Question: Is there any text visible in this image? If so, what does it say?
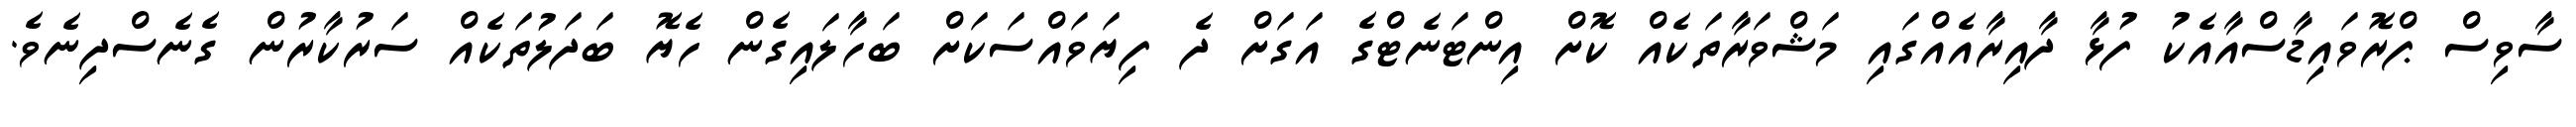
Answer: ސާވިސް ޕްރޮވައިޑާސްއާއެކު ފުޅާ ދާއިރާއެއްގައި މަޝްވަރާތަކެއް ކޮށް އިންޓަނެޓްގެ އަގަށް ދެ ފިޔަވައްސަކަށް ބަހާލައިގެން ހެޔޮ ބަދަލުތަކެއް ސަރުކާރުން ގެނެސްދިނެވެ.